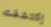
إكتشفت